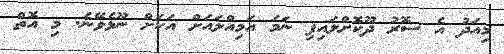
މިއަދު އެ ސޮރު ދޫކޮށްލައިފި ނަމަ އަމިއްލައަށް އަކަށް ނޫޅެވޭނެ. މި އޮތް